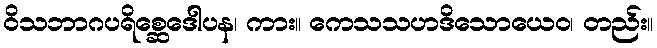
ဝိသဘာဂပရိစ္ဆေဒေါပန၊ ကား။ ကေသသဟဒိသောယေဝ၊ တည်း။